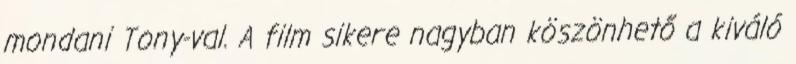
mondani Tony-val. A film sikere nagyban köszönhető a kiváló